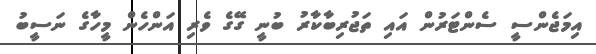
އިމަޖެންސީ ސެންޓަރުން އައި ތަޖުރިބާކާރު ބުނީ ގޭގެ ވެރި އަންހެން މީހާގެ ނަސީބު